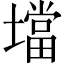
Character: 壋